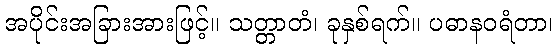
အပိုင်းအခြားအားဖြင့်။ သတ္တာတံ၊ ခုနှစ်ရက်။ ပဓာနဝရံတာ၊